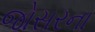
જોસરના